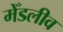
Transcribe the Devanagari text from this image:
मेँडलीव